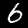
Label: 6